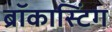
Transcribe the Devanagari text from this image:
ब्रॉकास्टिंग